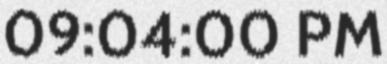
09:04:00 PM